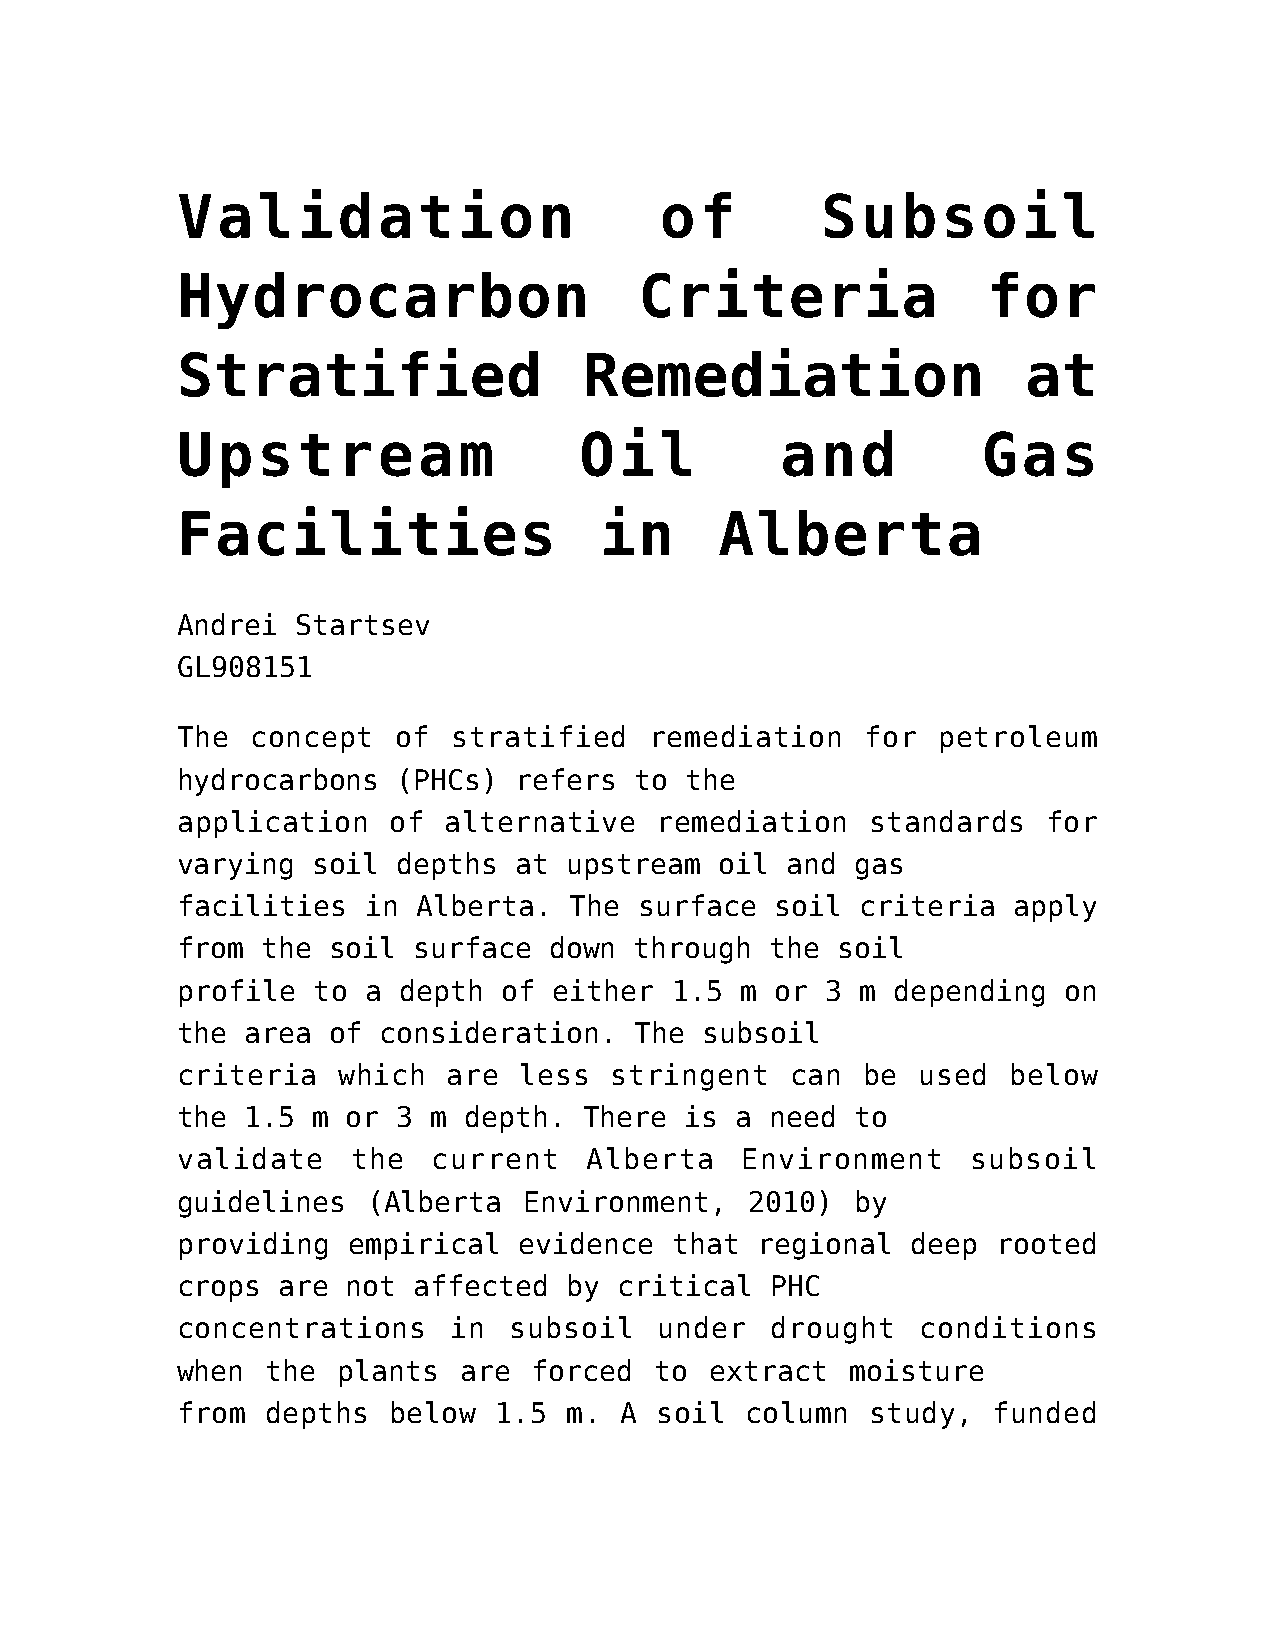
Validation                      of        Subsoil
 Hydrocarbon                   Criteria               for
 Stratified                 Remediation                  at
 Upstream                  Oil           and          Gas
 Facilities                  in      Alberta
 Andrei  Startsev
 GL908151
 The  concept  of  stratified   remediation   for  petroleum
 hydrocarbons  (PHCs)  refers  to the
 application   of alternative   remediation    standards  for
 varying  soil depths  at  upstream  oil and  gas
 facilities  in  Alberta.  The surface  soil  criteria  apply
 from the  soil surface  down  through  the soil
 profile  to a depth  of  either 1.5  m or  3 m depending  on
 the area  of consideration.   The subsoil
 criteria  which   are less  stringent   can  be  used  below
 the 1.5  m or 3  m depth.  There is  a need  to
 validate   the   current   Alberta   Environment    subsoil
 guidelines  (Alberta   Environment,   2010)  by
 providing  empirical  evidence  that  regional  deep  rooted
 crops are  not affected   by critical  PHC
 concentrations    in  subsoil   under  drought   conditions
 when  the plants  are  forced  to  extract  moisture
 from  depths  below  1.5  m. A  soil column   study,  funded